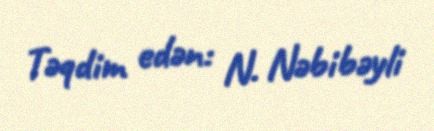
Təqdim edən: N. Nəbibəyli